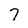
Character: 7